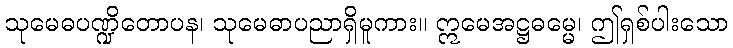
သုမေဓပဏ္ဍိတောပန၊ သုမေဓာပညာရှိမူကား။ ဣမေအဋ္ဌဓမ္မေ၊ ဤရှစ်ပါးသော